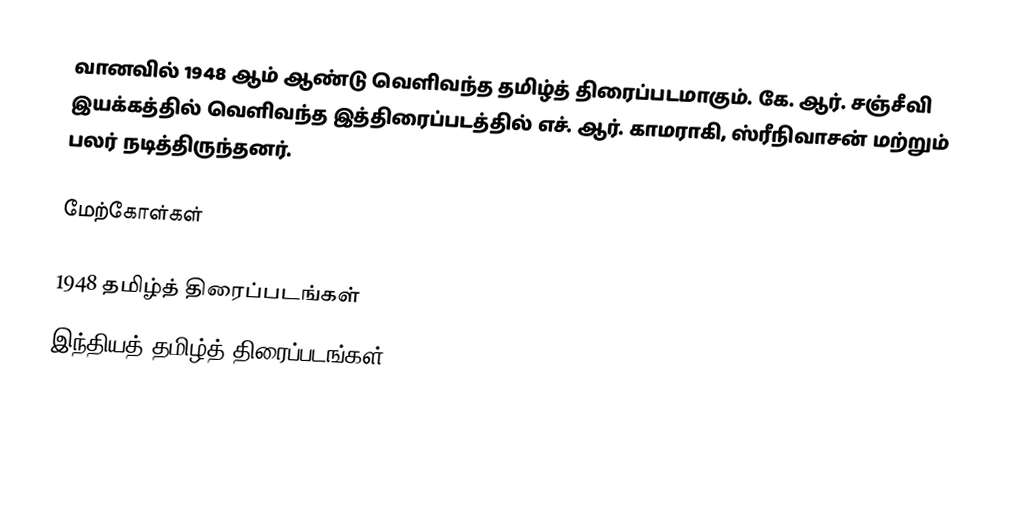
வானவில் 1948 ஆம் ஆண்டு வெளிவந்த தமிழ்த் திரைப்படமாகும். கே. ஆர். சஞ்சீவி இயக்கத்தில் வெளிவந்த இத்திரைப்படத்தில் எச். ஆர். காமராகி, ஸ்ரீநிவாசன் மற்றும் பலர் நடித்திருந்தனர்.

மேற்கோள்கள்

1948 தமிழ்த் திரைப்படங்கள்
இந்தியத் தமிழ்த் திரைப்படங்கள்